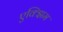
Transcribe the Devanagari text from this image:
एक्झिम